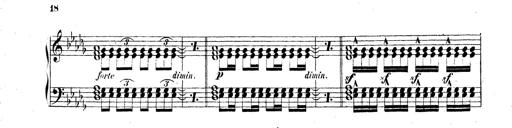
Title: Technische Studien
Composer: Franz Liszt